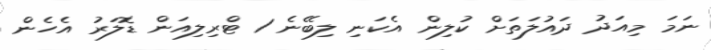
ނަމަ މިއަދު ދައުލަތަށް ކުލިން އެކަނި ލިބޭނެ 1 ޓްރިލިއަން ޑޮލަރު އެހެން